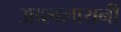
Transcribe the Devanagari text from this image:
आश्वलायनी